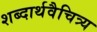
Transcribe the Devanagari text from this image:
शब्दार्थवैचित्र्य